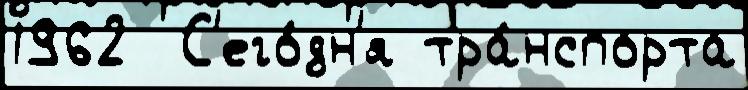
1962  С'его́дн'я тра́нспорта